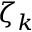
\zeta _ { k }